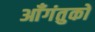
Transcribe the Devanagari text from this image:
आँगंतुको